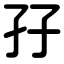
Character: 孖